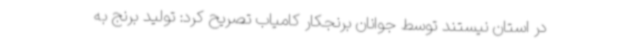
در استان نیستند توسط جوانان برنجکار کامیاب تصریح کرد: تولید برنج به